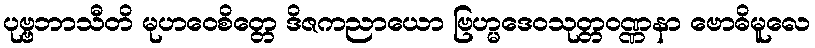
ပုဗ္ဗဘာသီတိ မုဟဝေစိတ္တေ ဒိဇကညာယော ဗြဟ္မဒေဝသုတ္တဝဏ္ဏနာ ဗောဓိမူလေ